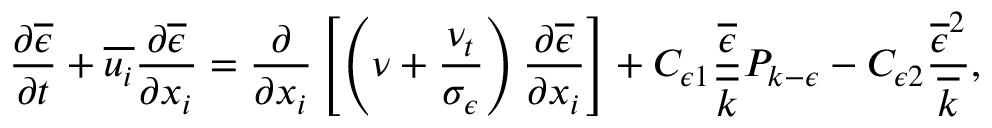
\frac { \partial \overline { { \epsilon } } } { \partial t } + \overline { { u _ { i } } } \frac { \partial \overline { { \epsilon } } } { \partial x _ { i } } = \frac { \partial } { \partial x _ { i } } \left[ \left( \nu + \frac { \nu _ { t } } { \sigma _ { \epsilon } } \right) \frac { \partial \overline { { \epsilon } } } { \partial x _ { i } } \right] + C _ { \epsilon 1 } \frac { \overline { { \epsilon } } } { \overline { { k } } } P _ { k - \epsilon } - C _ { \epsilon 2 } \frac { \overline { { \epsilon } } ^ { 2 } } { \overline { { k } } } ,